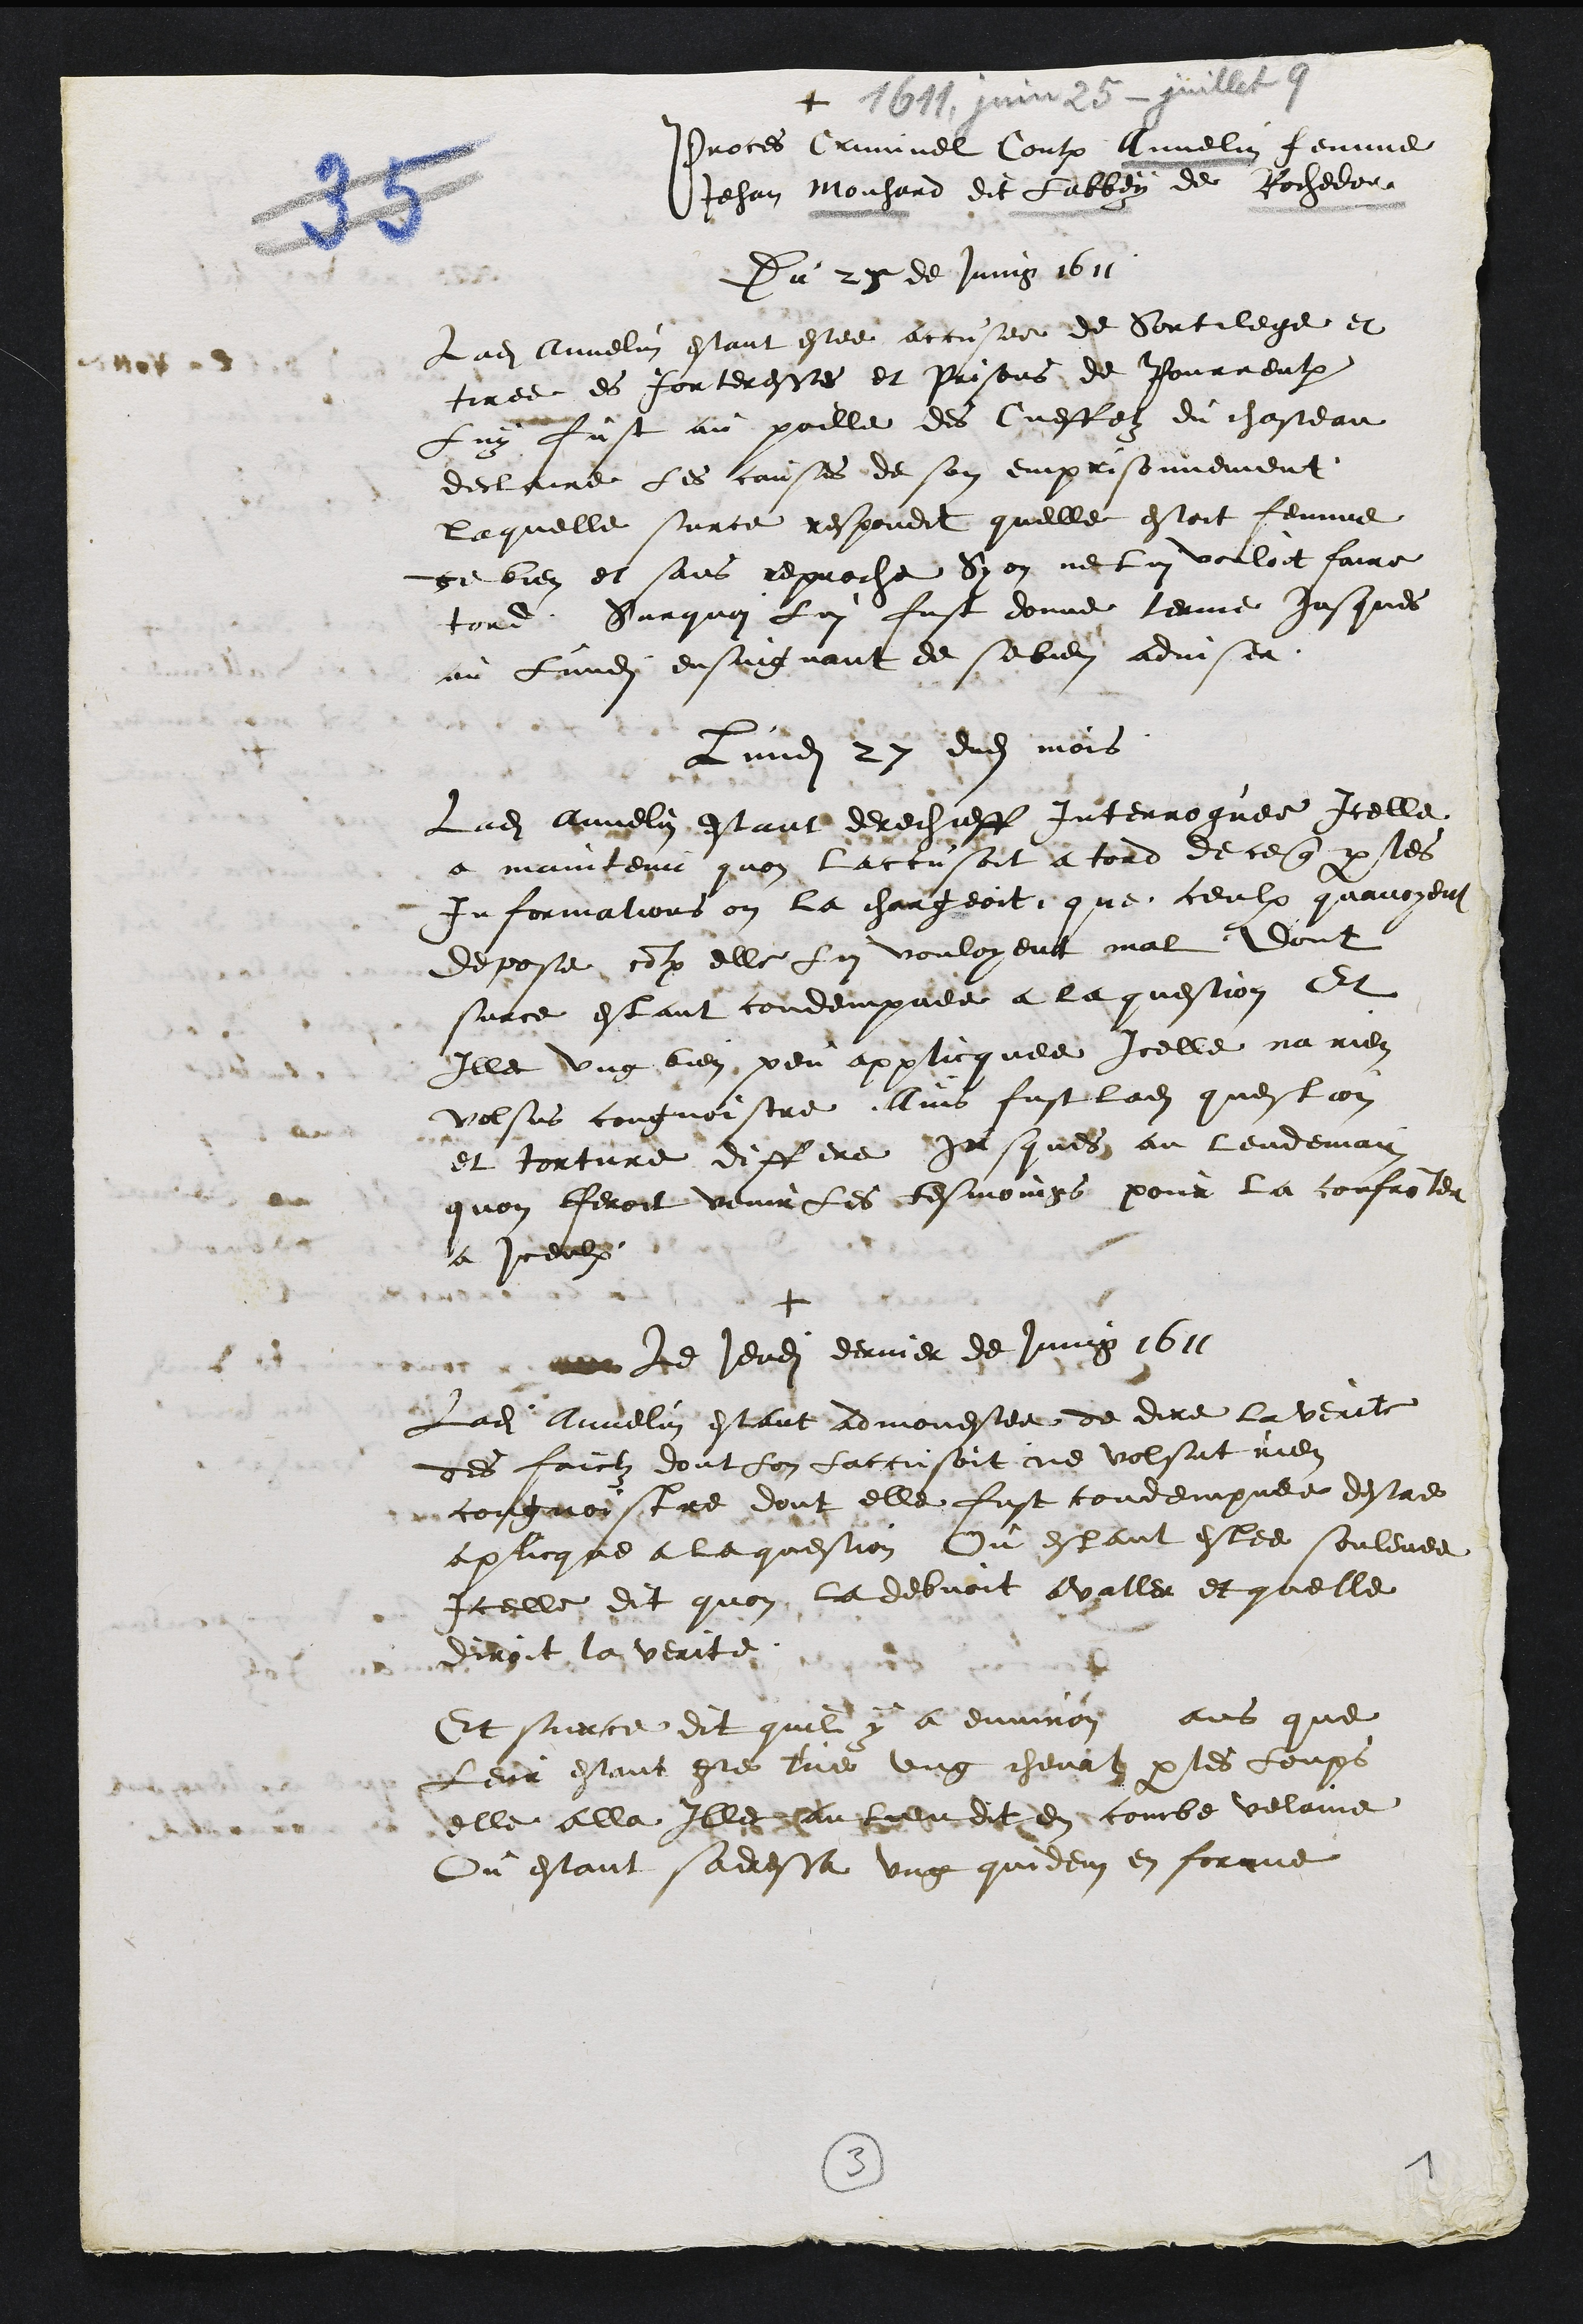
+
Proces Criminel Contre Annelin femme
Jehan Mouhard dit Labbey de Rochedor
Du 25 de Juing 1611
Ladite Annelin estant estee accusee de Sortilege et
tiree es forteresse et prisons de Pourrentruy
Luy fust au poille des Cueffelz du chasteau
declaire les causes de son emprisonnement
laquelle surce respondit quelle estoit femme
de bien et sans reproche Sy on ne lui vouloit faire
tord. Surquoi lui fust donne terme jusques
au Lundi ensuigvant de se bien adviser
Lundi 27 dudit mois
Ladite Annelin estant derechieff Interroguee Icelle
a maintenu quon laccusoit a tord de ce que par les
Informations on la chargeoit, que ceulx quavoyent
depose contre elle Lui vouloyent mal. Dont
surce estant condempnee a la question Et
Illec ung bien peu applicquee Icelle na rien
volsus congnoistre Ains fust ladite question
et torture differe jusques au lendemain
quon feroit venir les tesmoings pour la confronter
a iceulx
+
Le jeudi dernier de Juing 1611
Ladite Annelin estant admonestee de dire la verite
des faictz dont lon laccusoit ne volsut rien
congnoistre dont elle fust condempnee destre
aplicque a le question Ou estant estee soulevee
Icelle dit quon la debvoit avaller et quelle
divoit la verite
Et surce dit quil y a environ   ans que
leur estant este tue ung cheval par les loups
elle alla Illec au lieu dit en combe velaine
Ou estant sadressa ung quidem en forme